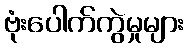
ဗုံးပေါက်ကွဲမှုများ